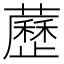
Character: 藶